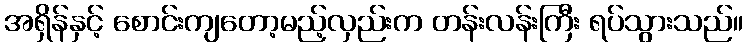
အရှိန်နှင့် စောင်းကျတော့မည့်လှည်းက တန်းလန်းကြီး ရပ်သွားသည်။